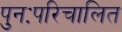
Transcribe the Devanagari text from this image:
पुनःपरिचालित